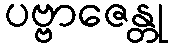
ပဗ္ဗာဇေန္တု